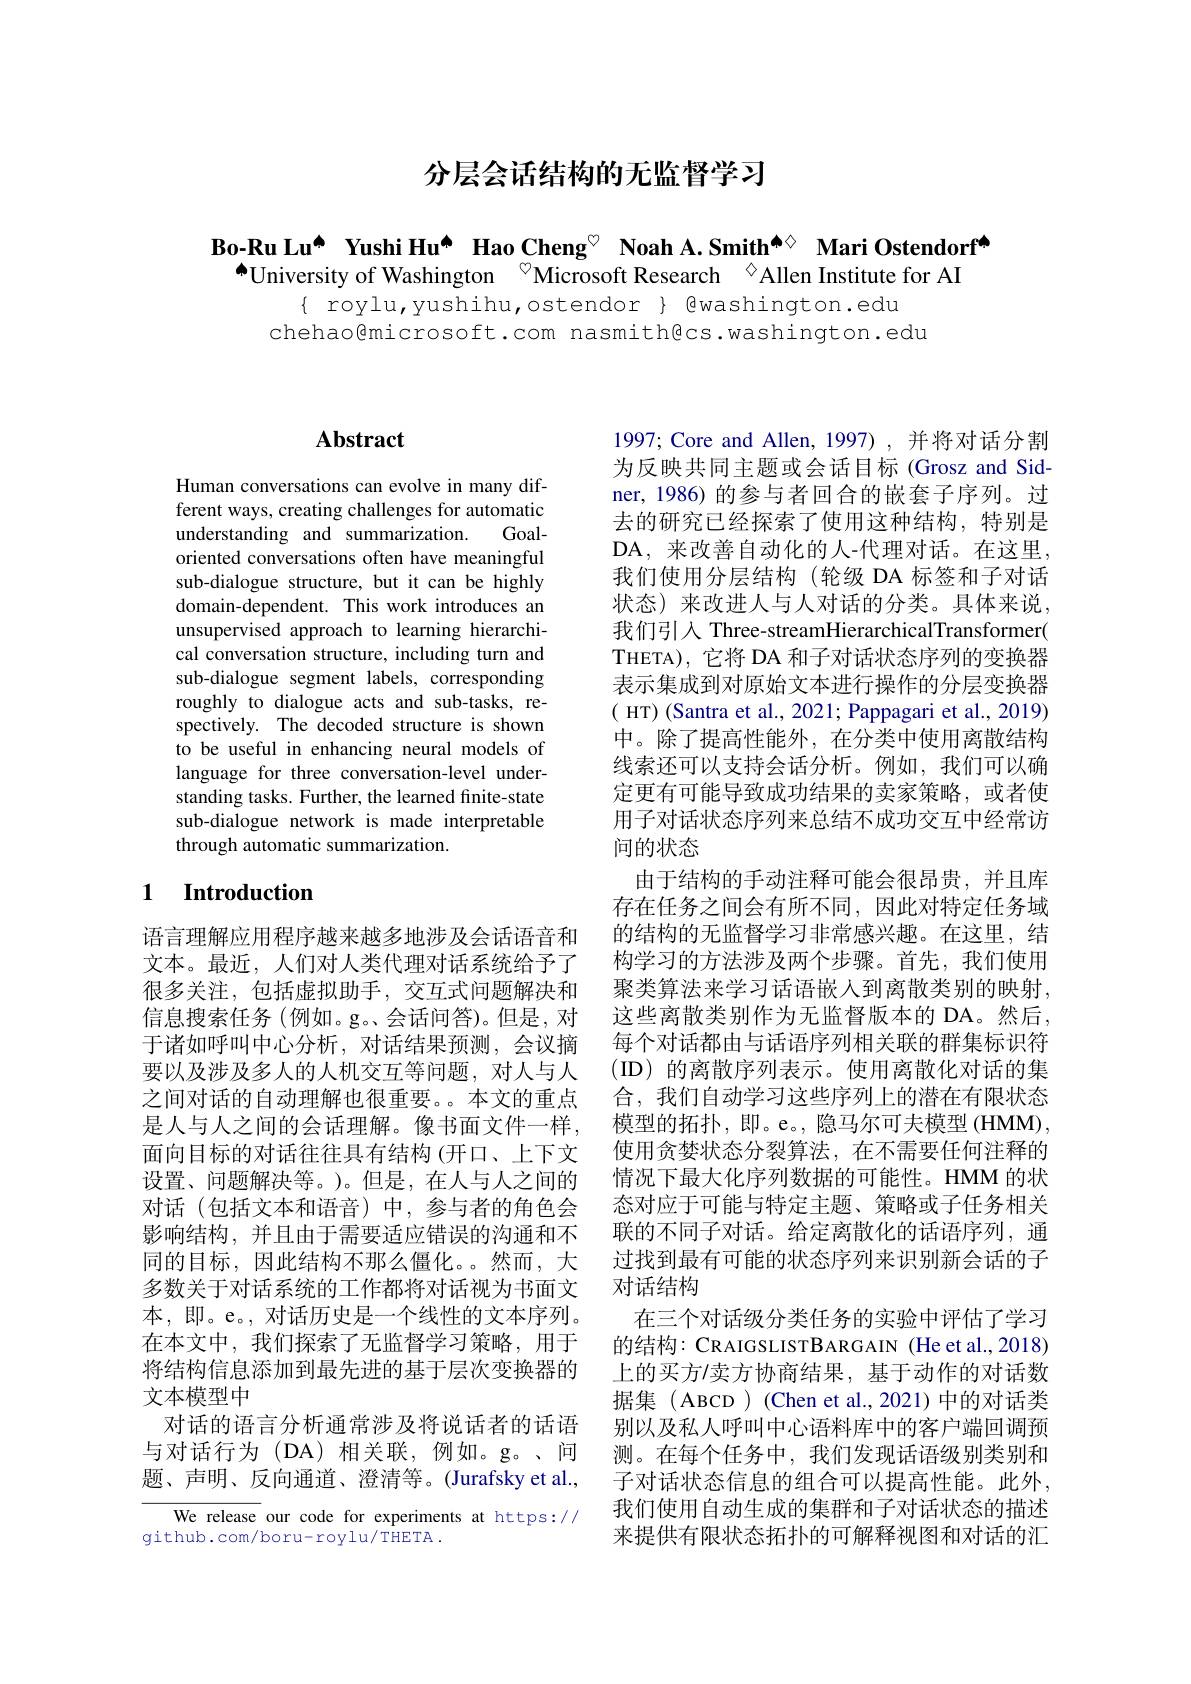
# 分层会话结构的无监督学习

Bo-Ru Lu[INDEX] Yushi Hu[INDEX] Hao Cheng$^{\circ}$ Noah A.Smith$^{\spadesuit\diamond}$ Mari Ostendorf$^{\spadesuit}$
$^{\spadesuit}$University of Washington $^{\textcircled{\mathrm{o}}}$Microsoft Research$^{\textcircled{\mathrm{o}}}$Allen Institute for AI

$\{ roylu, yushihu, ostendor 色washington. edu$
chehao@microsoft.com nasmith@cs.washington.edu

## $\mathbf{Abstract}$

Human conversations can evolve in many different ways, creating challenges for automatic understanding and summarization. Goaloriented conversations often have meaningful sub-dialogue structure, but it can be highly domain-dependent. This work introduces an unsupervised approach to learning hierarchical conversation structure, including turn and sub-dialogue segment labels, corresponding roughly to dialogue acts and sub-tasks, respectively. The decoded structure is shown to be useful in enhancing neural models of language for three conversation-level understanding tasks. Further, the learned finite-state sub-dialogue network is made interpretable through automatic summarization.

## 1 Introduction

语言理解应用程序越来越多地涉及会话语音和文本。最近，人们对人类代理对话系统给予了很多关注，包括虚拟助手，交互式问题解决和信息搜索任务 (例如。g。会话问答)。但是，对于诸如呼叫中心分析，对话结果预测，会议摘要以及涉及多人的人机交互等问题，对人与人之间对话的自动理解也很重要。本文的重点是人与人之间的会话理解。像书面文件一样， 面向目标的对话往往具有结构 (开口、上下文设置、问题解决等。)。但是，在人与人之间的对话(包括文本和语音)中，参与者的角色会影响结构，并且由于需要适应错误的沟通和不同的目标，因此结构不那么僵化。然而，大多数关于对话系统的工作都将对话视为书面文本，即。e。, 对话历史是一个线性的文本序列。在本文中，我们探索了无监督学习策略，用于将结构信息添加到最先进的基于层次变换器的文本模型中
对话的语言分析通常涉及将说话者的话语与对话行为(DA)相关联，例如。g。、问题、声明、反向通道、澄清等。(Jurafsky et al.,

We release our code for experiments at https://
github.com/boru-roylu/THETA .

1997; Core and Allen, 1997),并将对话分割为反映共同主题或会话目标 (Grosz and Sidner, 1986) 的参与者回合的嵌套子序列。过去的研究已经探索了使用这种结构，特别是DA, 来改善自动化的人-代理对话。在这里， 我们使用分层结构(轮级 DA 标签和子对话状态)来改进人与人对话的分类。具体来说， 我们引入 Three-streamHierarchicalTransformer( THETA), 它将 DA 和子对话状态序列的变换器表示集成到对原始文本进行操作的分层变换器( HT) (Santra et al., 2021; Pappagari et al., 2019) 中。除了提高性能外，在分类中使用离散结构线索还可以支持会话分析。例如，我们可以确定更有可能导致成功结果的卖家策略，或者使用子对话状态序列来总结不成功交互中经常访问的状态
由于结构的手动注释可能会很昂贵，并且库存在任务之间会有所不同，因此对特定任务域的结构的无监督学习非常感兴趣。在这里，结构学习的方法涉及两个步骤。首先，我们使用聚类算法来学习话语嵌入到离散类别的映射， 这些离散类别作为无监督版本的 DA。然后， 每个对话都由与话语序列相关联的群集标识符(ID)的离散序列表示。使用离散化对话的集合，我们自动学习这些序列上的潜在有限状态模型的拓扑，即。e。, 隐马尔可夫模型 (HMM), 使用贪婪状态分裂算法，在不需要任何注释的情况下最大化序列数据的可能性。HMM 的状态对应于可能与特定主题、策略或子任务相关联的不同子对话。给定离散化的话语序列，通过找到最有可能的状态序列来识别新会话的子对话结构
在三个对话级分类任务的实验中评估了学习的结构：CRAIGSLISTBARGAIN (He et al., 2018) 上的买方/卖方协商结果，基于动作的对话数据集 (ABCD ) (Chen et al.,2021) 中的对话类别以及私人呼叫中心语料库中的客户端回调预测。在每个任务中，我们发现话语级别类别和子对话状态信息的组合可以提高性能。此外， 我们使用自动生成的集群和子对话状态的描述来提供有限状态拓扑的可解释视图和对话的汇